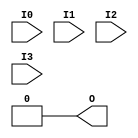
module SB_LUT4 (output O, input I0, I1, I2, I3);
	parameter [15:0] LUT_INIT = 0;
	wire [7:0] s3 = I3 ? LUT_INIT[15:8] : LUT_INIT[7:0];
	wire [3:0] s2 = I2 ?       s3[ 7:4] :       s3[3:0];
	wire [1:0] s1 = I1 ?       s2[ 3:2] :       s2[1:0];
	assign O = I0 ? s1[1] : s1[0];
endmodule